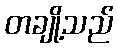
တချို့သည်